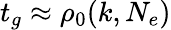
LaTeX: t_{g}\approx\rho_{0}(k,N_{e})